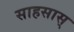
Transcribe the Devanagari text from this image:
साहसास्